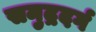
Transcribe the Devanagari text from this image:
समुद्रदर्ग